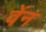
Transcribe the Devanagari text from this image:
वेंन